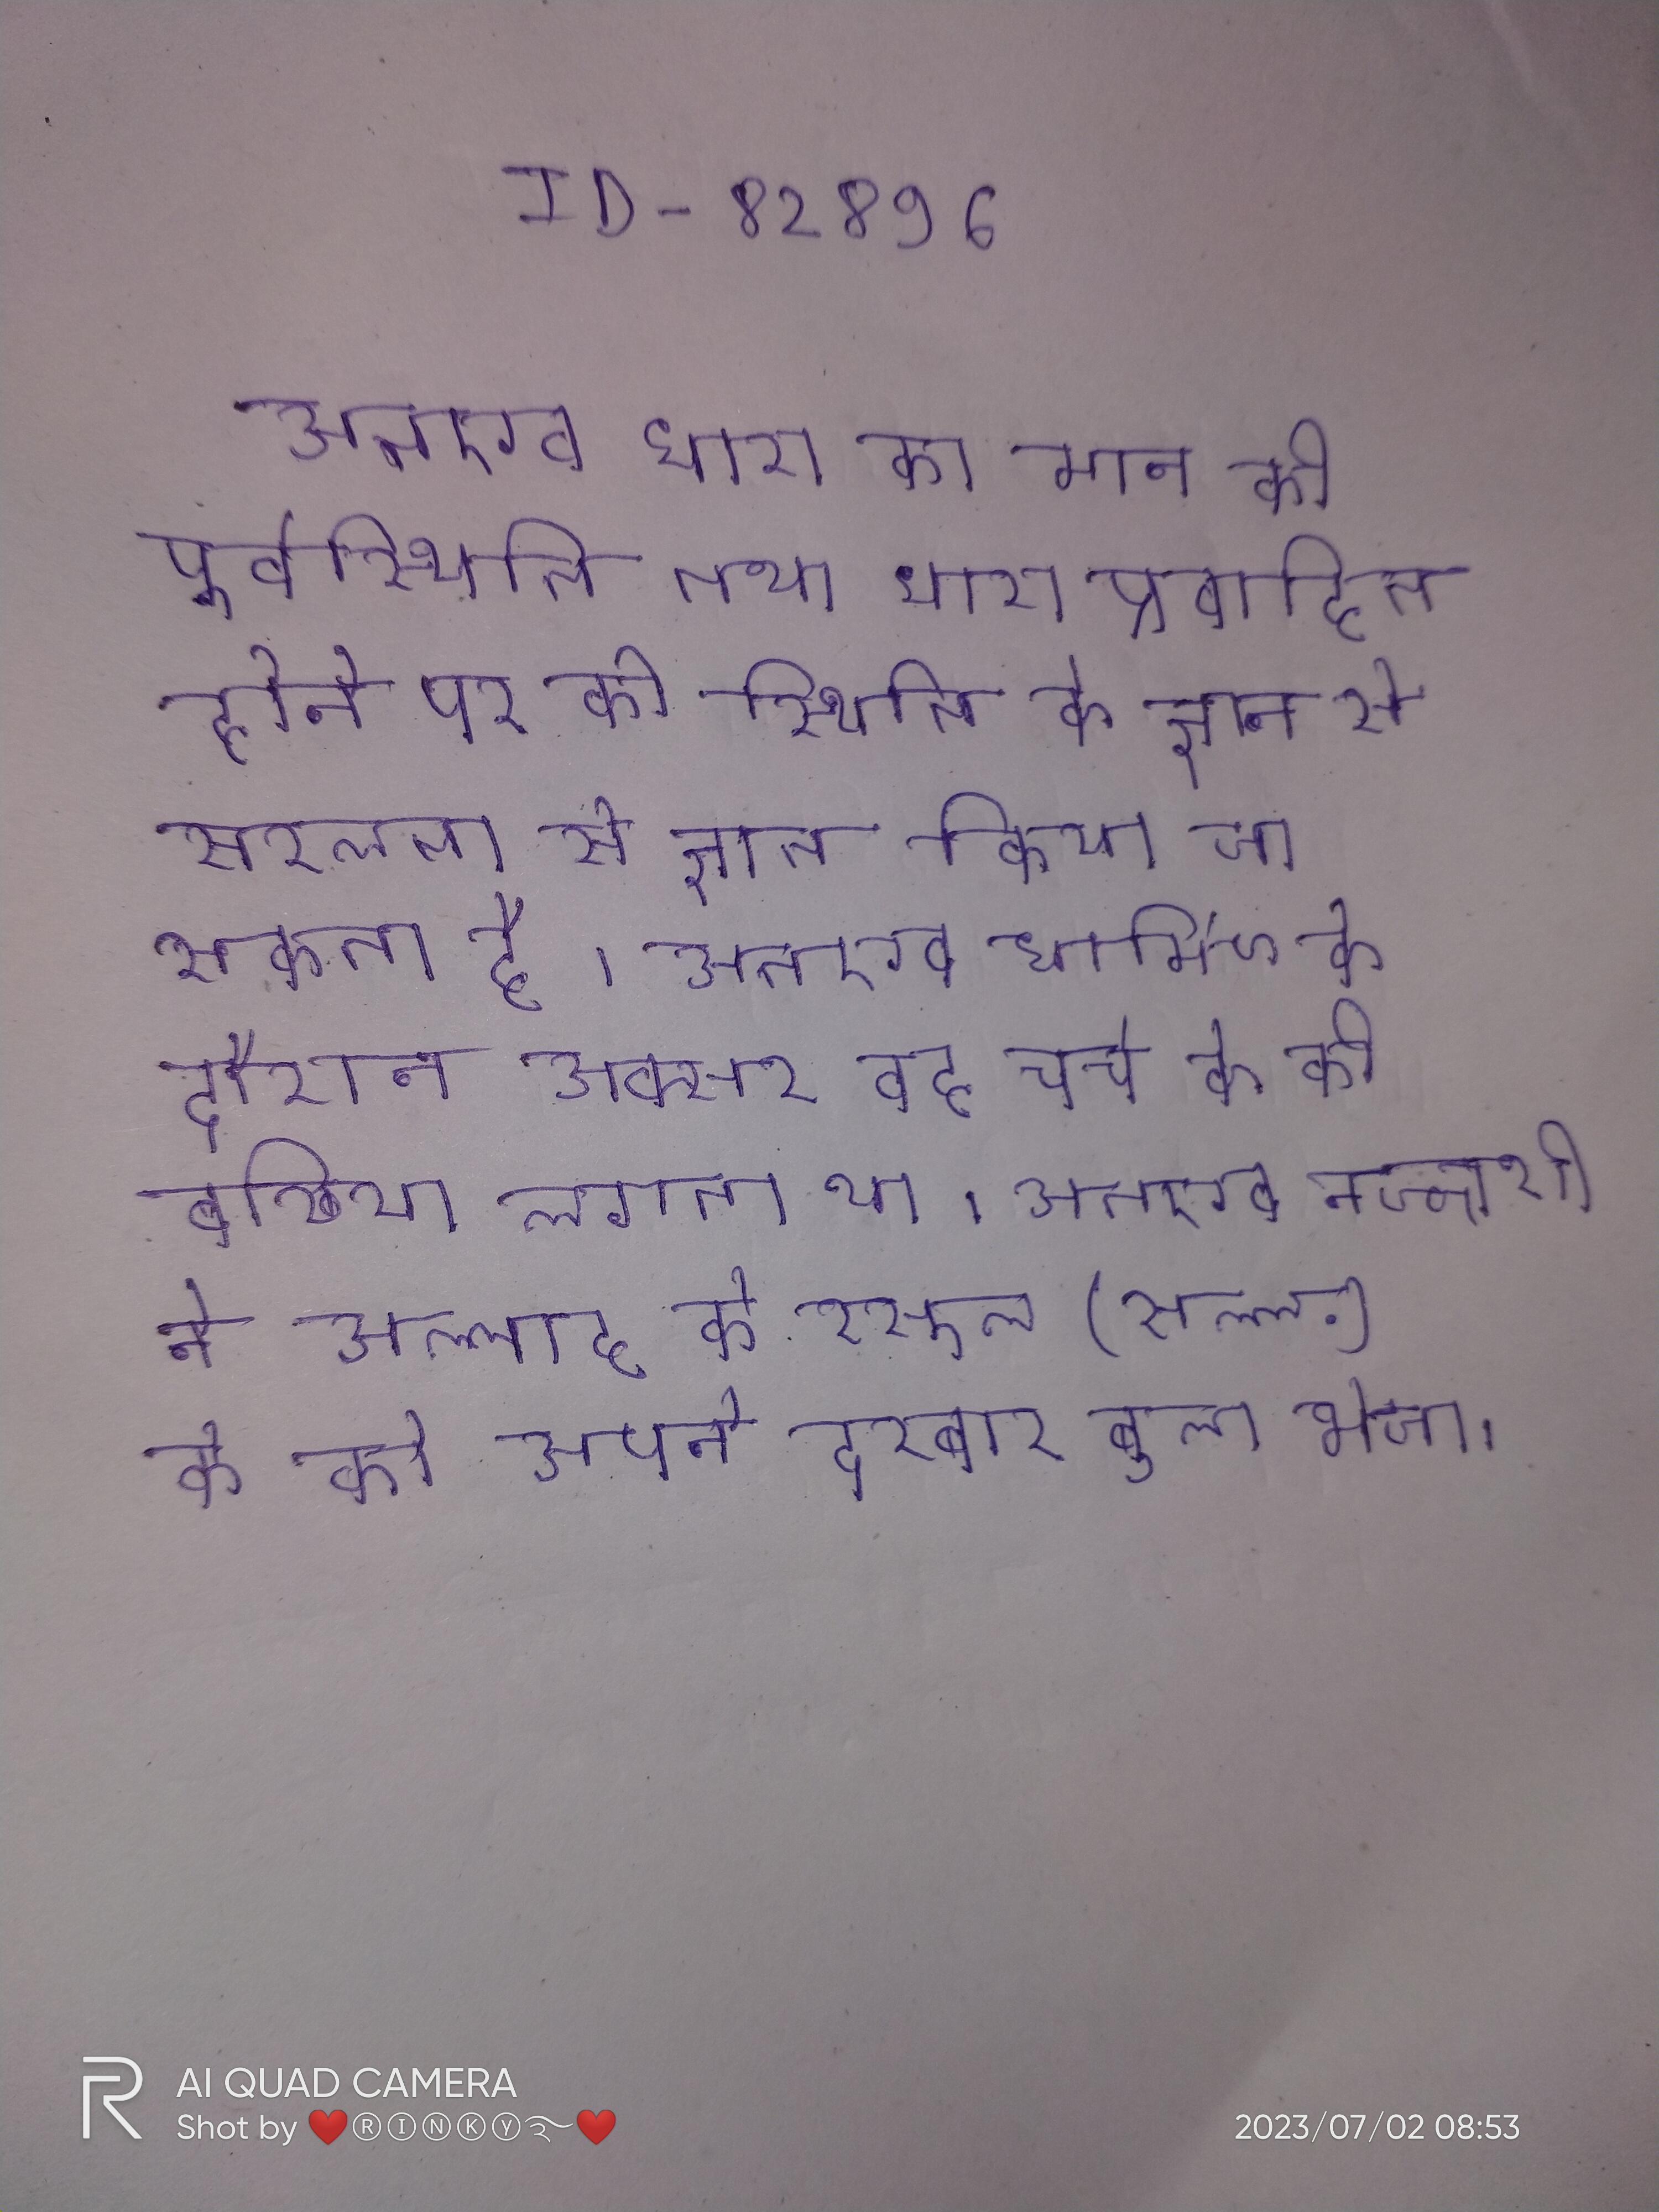
अतएव धारा का मान की पूर्वस्थिति तथा धारा प्रवाहित होने पर की स्थिति के ज्ञान से सरलता से ज्ञात किया जा सकता है । अतएव धार्मिक के दौरान अक्सर वह चर्च के की बखिया लगता था । अतएव नज्जाशी ने अल्लाह के रसूल (सल्ल.) के को अपने दरबार बुला भेजा ।